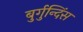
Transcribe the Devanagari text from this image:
बुर्गुन्दिंस